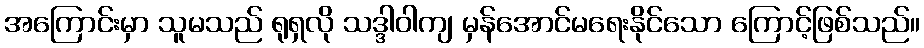
အကြောင်းမှာ သူမသည် ရုရှလို သဒ္ဒါဝါကျ မှန်အောင်မရေးနိုင်သော ကြောင့်ဖြစ်သည်။